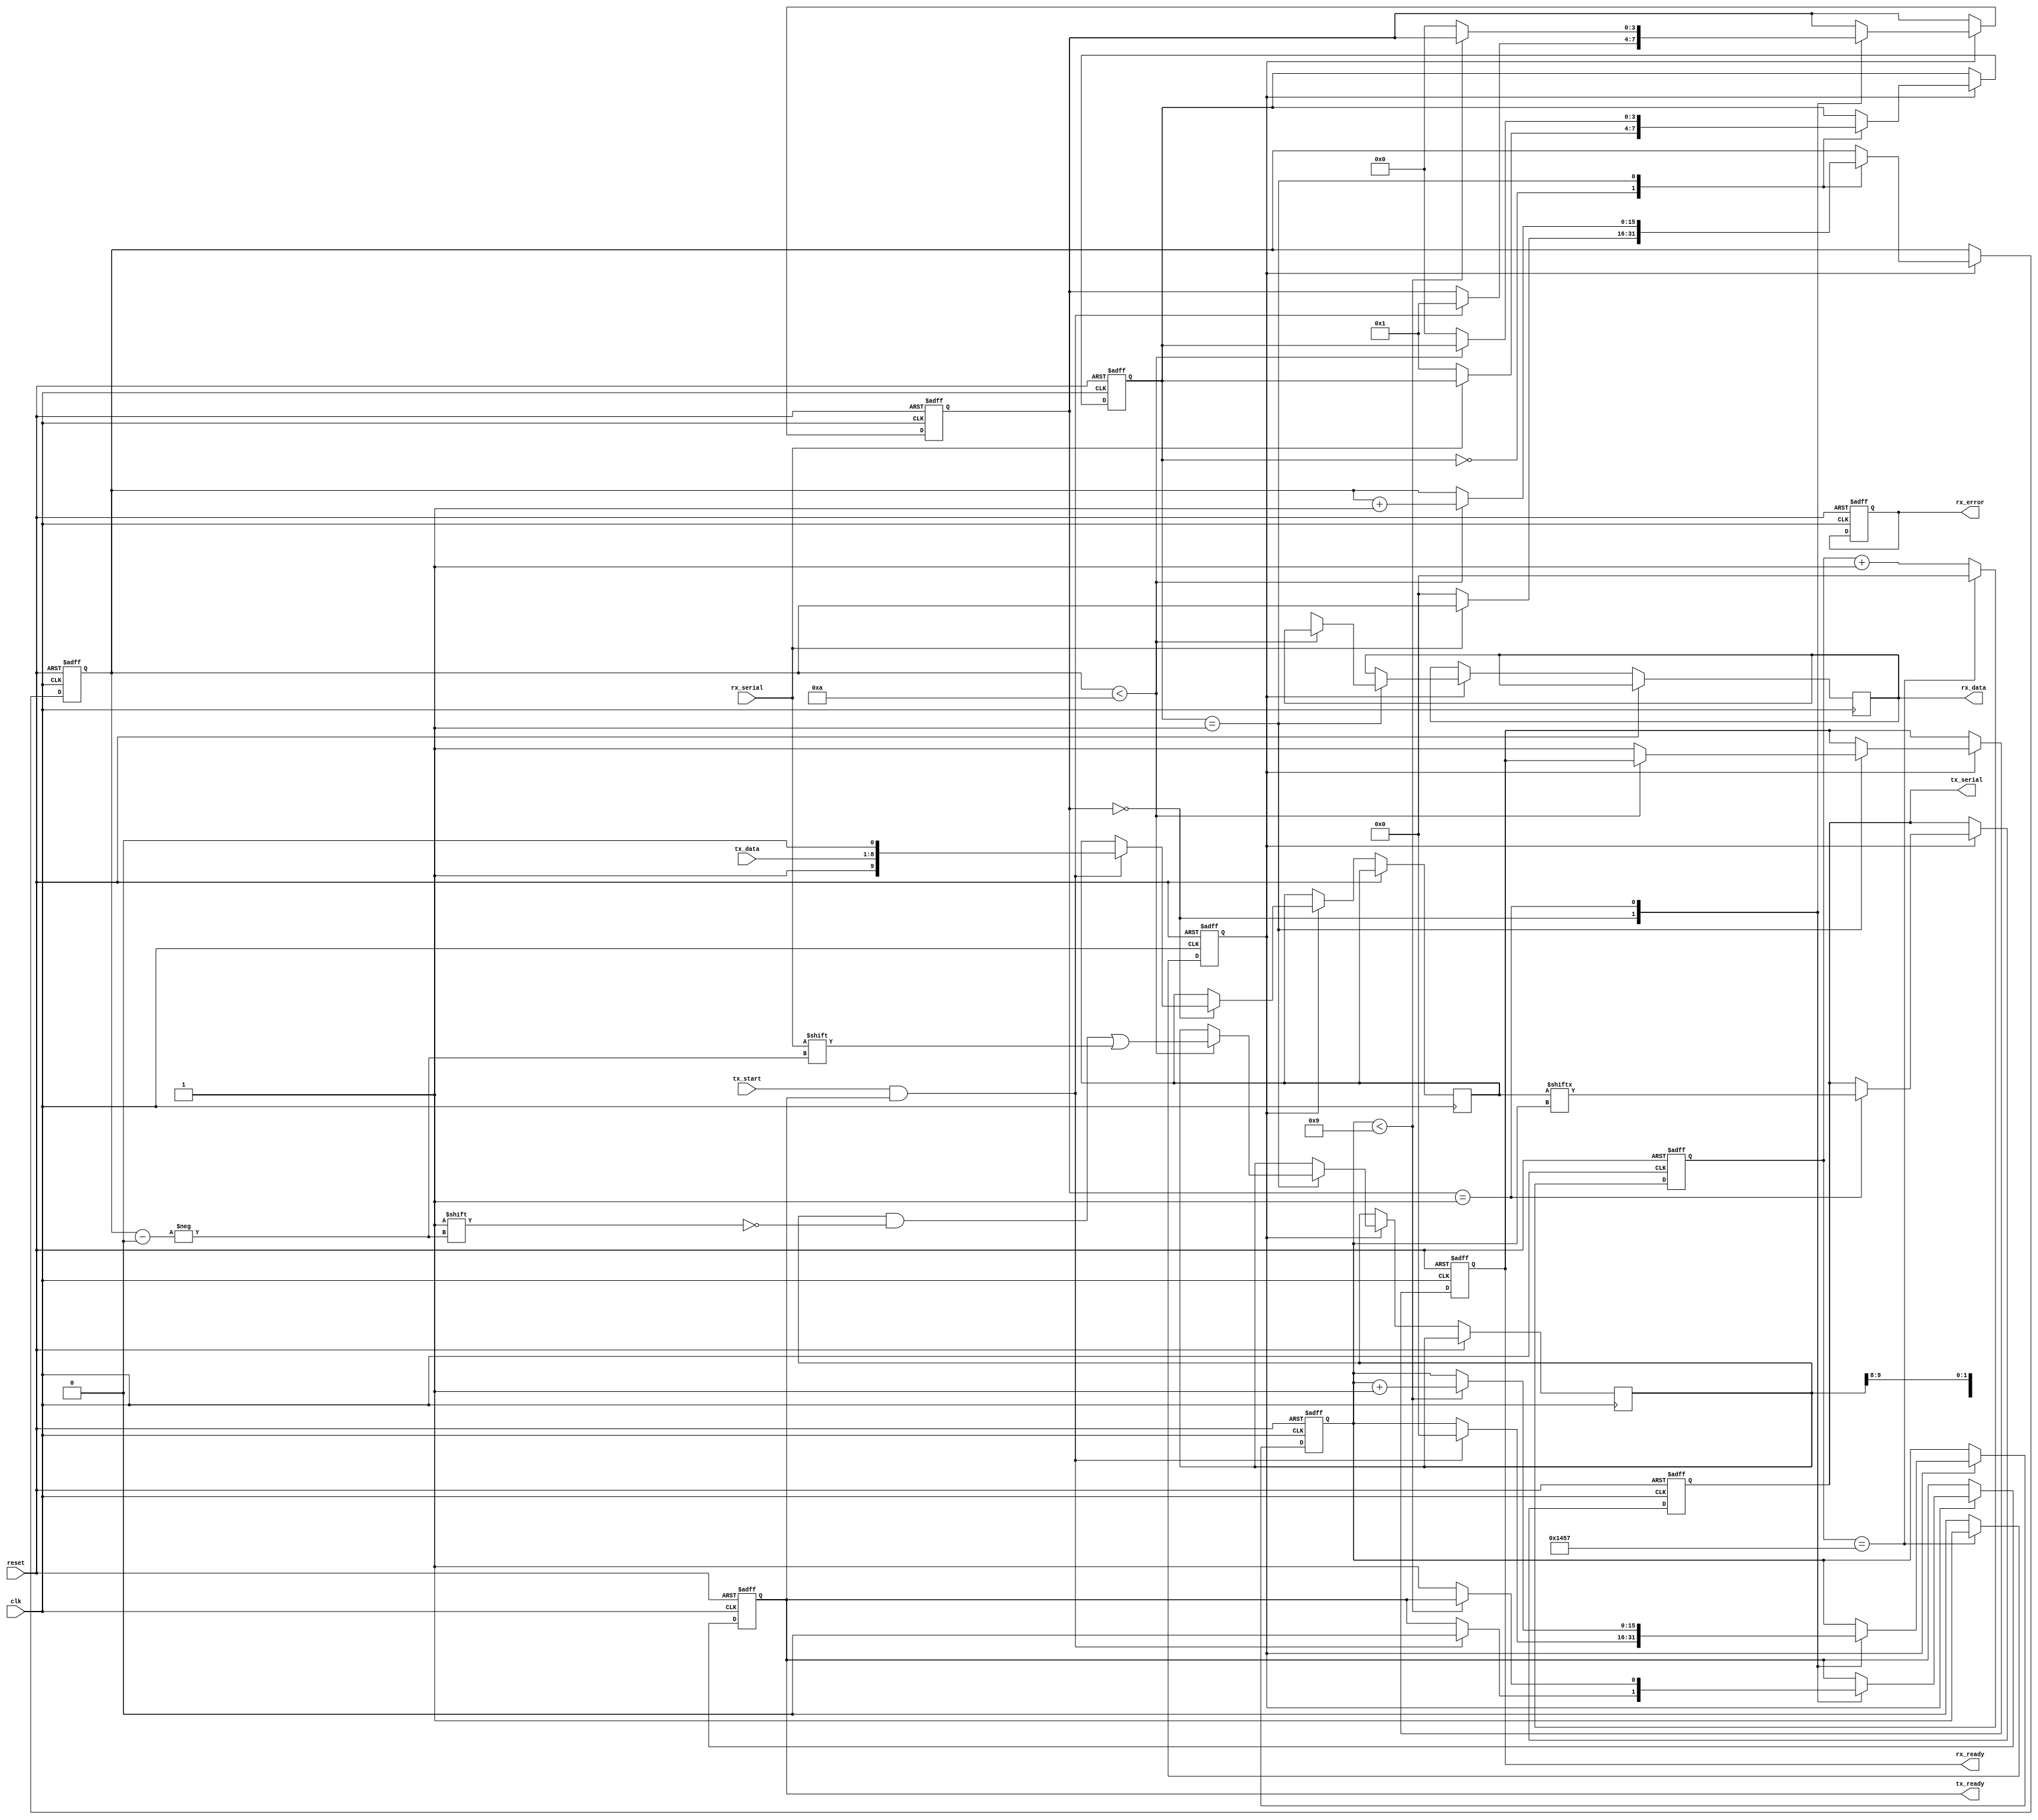
module parameterized_uart #(
    parameter BAUD_RATE = 9600,
    parameter DATA_WIDTH = 8,
    parameter STOP_BITS = 1,
    parameter PARITY = "NONE"  // "NONE", "EVEN", "ODD"
)(
    input wire clk,
    input wire reset,
    input wire [DATA_WIDTH-1:0] tx_data,
    input wire tx_start,
    output reg tx_ready,
    output reg tx_serial,
    
    input wire rx_serial,
    output reg [DATA_WIDTH-1:0] rx_data,
    output reg rx_ready,
    output reg rx_error
);
    // Internal parameters
    localparam CLK_FREQ = 50000000; // Assume a 50 MHz clock frequency
    localparam BAUD_DIV = CLK_FREQ / BAUD_RATE;
    localparam PARITY_WIDTH = (PARITY == "NONE") ? 0 : 1;
    localparam TOTAL_BITS = 1 + DATA_WIDTH + PARITY_WIDTH + STOP_BITS;

    // Transmitter State
    reg [3:0] tx_state;
    reg [TOTAL_BITS-1:0] tx_buffer;
    reg [15:0] tx_bit_count;
    
    // Receiver State
    reg [3:0] rx_state;
    reg [TOTAL_BITS-1:0] rx_buffer;
    reg [15:0] rx_bit_count;
    
    // Baud Rate generator
    reg [15:0] baud_counter;
    reg baud_tick;

    // Baud Rate Counter
    always @(posedge clk or posedge reset) begin
        if (reset) begin
            baud_counter <= 0;
            baud_tick <= 0;
        end else begin
            if (baud_counter == BAUD_DIV - 1) begin
                baud_counter <= 0;
                baud_tick <= 1;
            end else begin
                baud_counter <= baud_counter + 1;
                baud_tick <= 0;
            end
        end
    end

    // Transmitter Logic
    always @(posedge clk or posedge reset) begin
        if (reset) begin
            tx_state <= 0;
            tx_ready <= 1;
            tx_serial <= 1; // Idle state is high
            tx_bit_count <= 0;
        end else if (baud_tick) begin
            case (tx_state)
                0: begin // Idle
                    if (tx_start && tx_ready) begin
                        // Load data and prepare for transmission
                        tx_ready <= 0;
                        tx_buffer <= {1'b1, tx_data, 1'b0}; // Start bit, data, stop bit(s)
                        if (STOP_BITS == 2) tx_buffer <= {tx_buffer, 1'b1}; // Second stop bit
                        tx_bit_count <= 0;
                        tx_state <= 1; // Move to start transmission
                    end
                end
                1: begin // Sending bits
                    tx_serial <= tx_buffer[tx_bit_count]; // Transmit current bit
                    if (tx_bit_count < TOTAL_BITS - 1) begin
                        tx_bit_count <= tx_bit_count + 1;
                    end else begin
                        tx_ready <= 1; // Transmission complete
                        tx_state <= 0; // Back to idle
                    end
                end
            endcase
        end
    end

    // Receiver Logic
    always @(posedge clk or posedge reset) begin
        if (reset) begin
            rx_state <= 0;
            rx_ready <= 0;
            rx_error <= 0;
            rx_bit_count <= 0;
        end else if (baud_tick) begin
            case (rx_state)
                0: begin // Idle
                    if (!rx_serial) begin // Start bit detected
                        rx_state <= 1;
                        rx_bit_count <= 0;
                    end
                end
                1: begin // Receiving bits
                    if (rx_bit_count < TOTAL_BITS) begin
                        rx_buffer[rx_bit_count] <= rx_serial; // Read current bit
                        rx_bit_count <= rx_bit_count + 1;
                    end else begin
                        // Check for parity if enabled
                        // TODO: Add parity checking logic here
                        rx_data <= rx_buffer[DATA_WIDTH +: DATA_WIDTH]; // Extract data
                        rx_ready <= 1;
                        rx_state <= 0; // Back to idle
                    end
                end
            endcase
        end
    end
endmodule